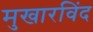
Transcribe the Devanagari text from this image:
मुखारविंद